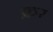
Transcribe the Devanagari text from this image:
क्रर